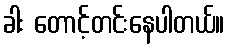
ခါး တောင့်တင်းနေပါတယ်။